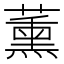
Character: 薰